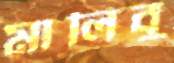
মালিবু